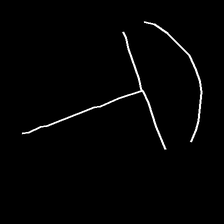
Glyph: dispersion